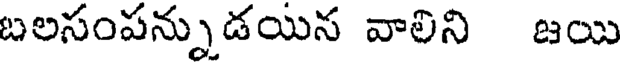
బలసంపన్నుడయిన వాలిని జయి